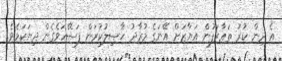
އެ ދިން ކުރު ތަޢާރަފުން އަޔާޒަށް އޭނަގެ މުރާދު ޙާޞިލުކުރަން ފަސޭހަވެގެން ދިޔަކަމެވެ.